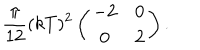
{ \frac { \pi } { 1 2 } } ( k T ) ^ { 2 } \left( \begin{matrix} { { - 2 } } & { { 0 } } \\ { { 0 } } & { { 2 } } \\ \end{matrix} \right) .